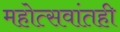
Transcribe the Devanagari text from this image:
महोत्सवांतही